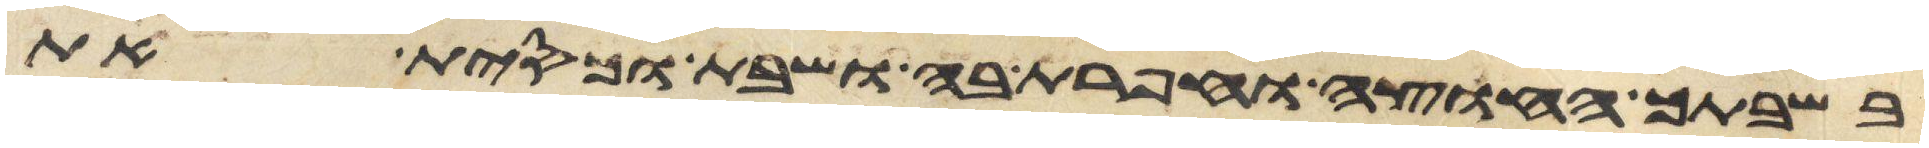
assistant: בשבתך החוצה וחפרת בה ושבת וכסית את